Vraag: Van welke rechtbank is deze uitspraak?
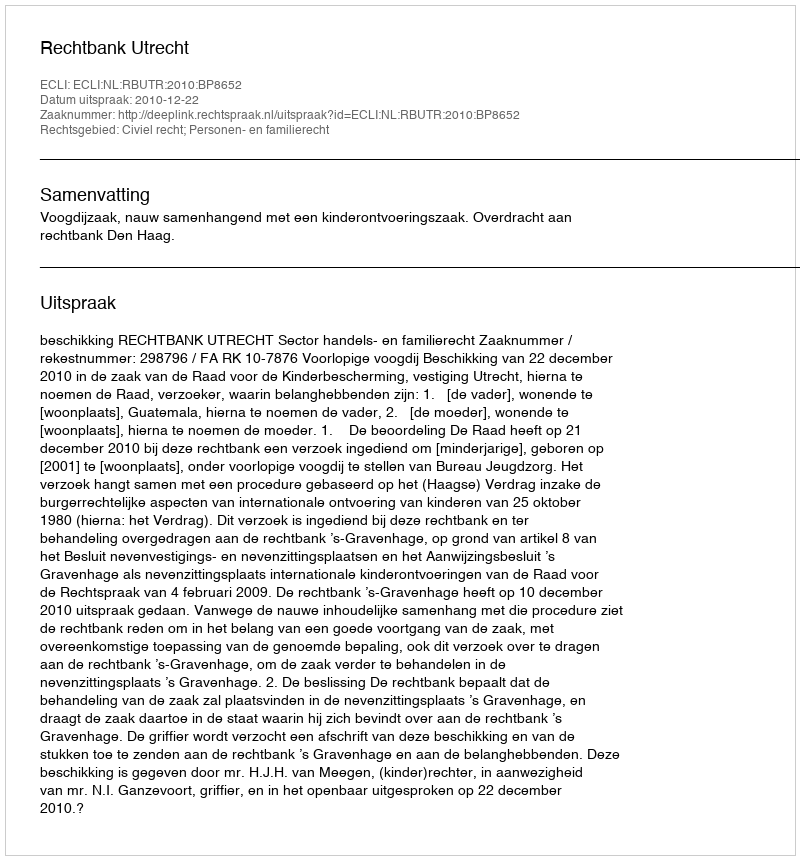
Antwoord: Rechtbank Utrecht